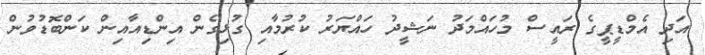
އަދި އެމްޑީޕީގެ ރައީސް މުހައްމަދު ނަޝީދު ހައްޔަރު ކުރުމާއި ގުޅިގެން އިންޑިއާއިން ކަންބޮޑުވުން